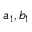
a _ { 1 } , b _ { 1 }